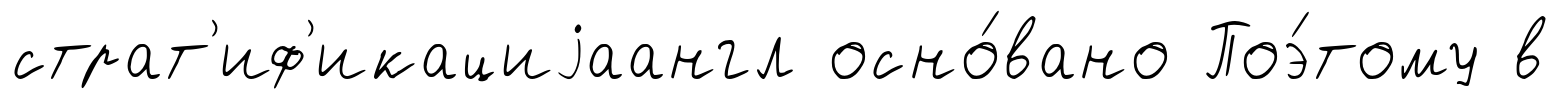
страт'иф'икациjаангл осно́вано Поэ́тому в